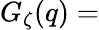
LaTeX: G_{\zeta}(q)=